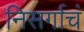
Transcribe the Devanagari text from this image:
निसर्गाचं